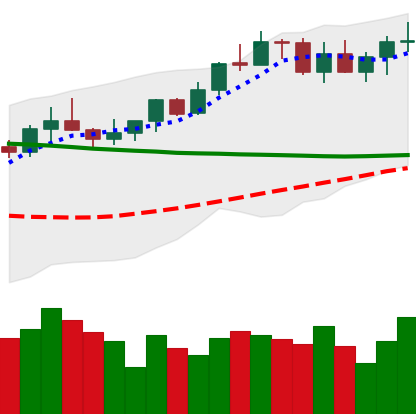
Ticker: XMR-USD
Chart end date: 2022-04-05
Forward return: 6.138%
Label: up_5_7